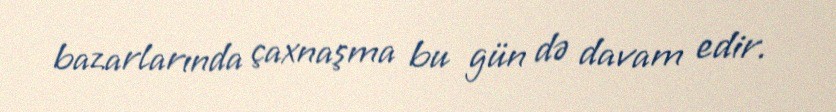
bazarlarında çaxnaşma bu gün də davam edir.